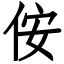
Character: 侒